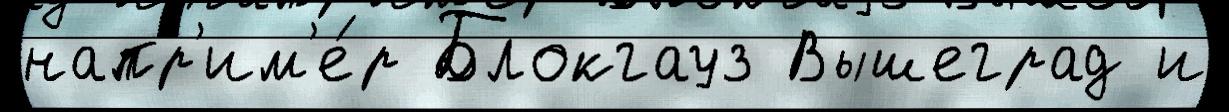
напр'им'е́р Блокгауз Вышеград и